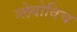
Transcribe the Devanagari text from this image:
ग्लेबोविच